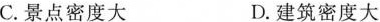
C.景点密度大 D.建筑密度大